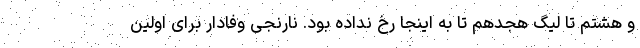
و هشتم تا لیگ هجدهم تا به اینجا رخ نداده بود. نارنجی وفادار برای اولین